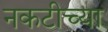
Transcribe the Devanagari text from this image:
नकटीच्या